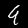
Digit: 9